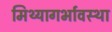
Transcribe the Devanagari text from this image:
मिथ्यागर्भावस्था